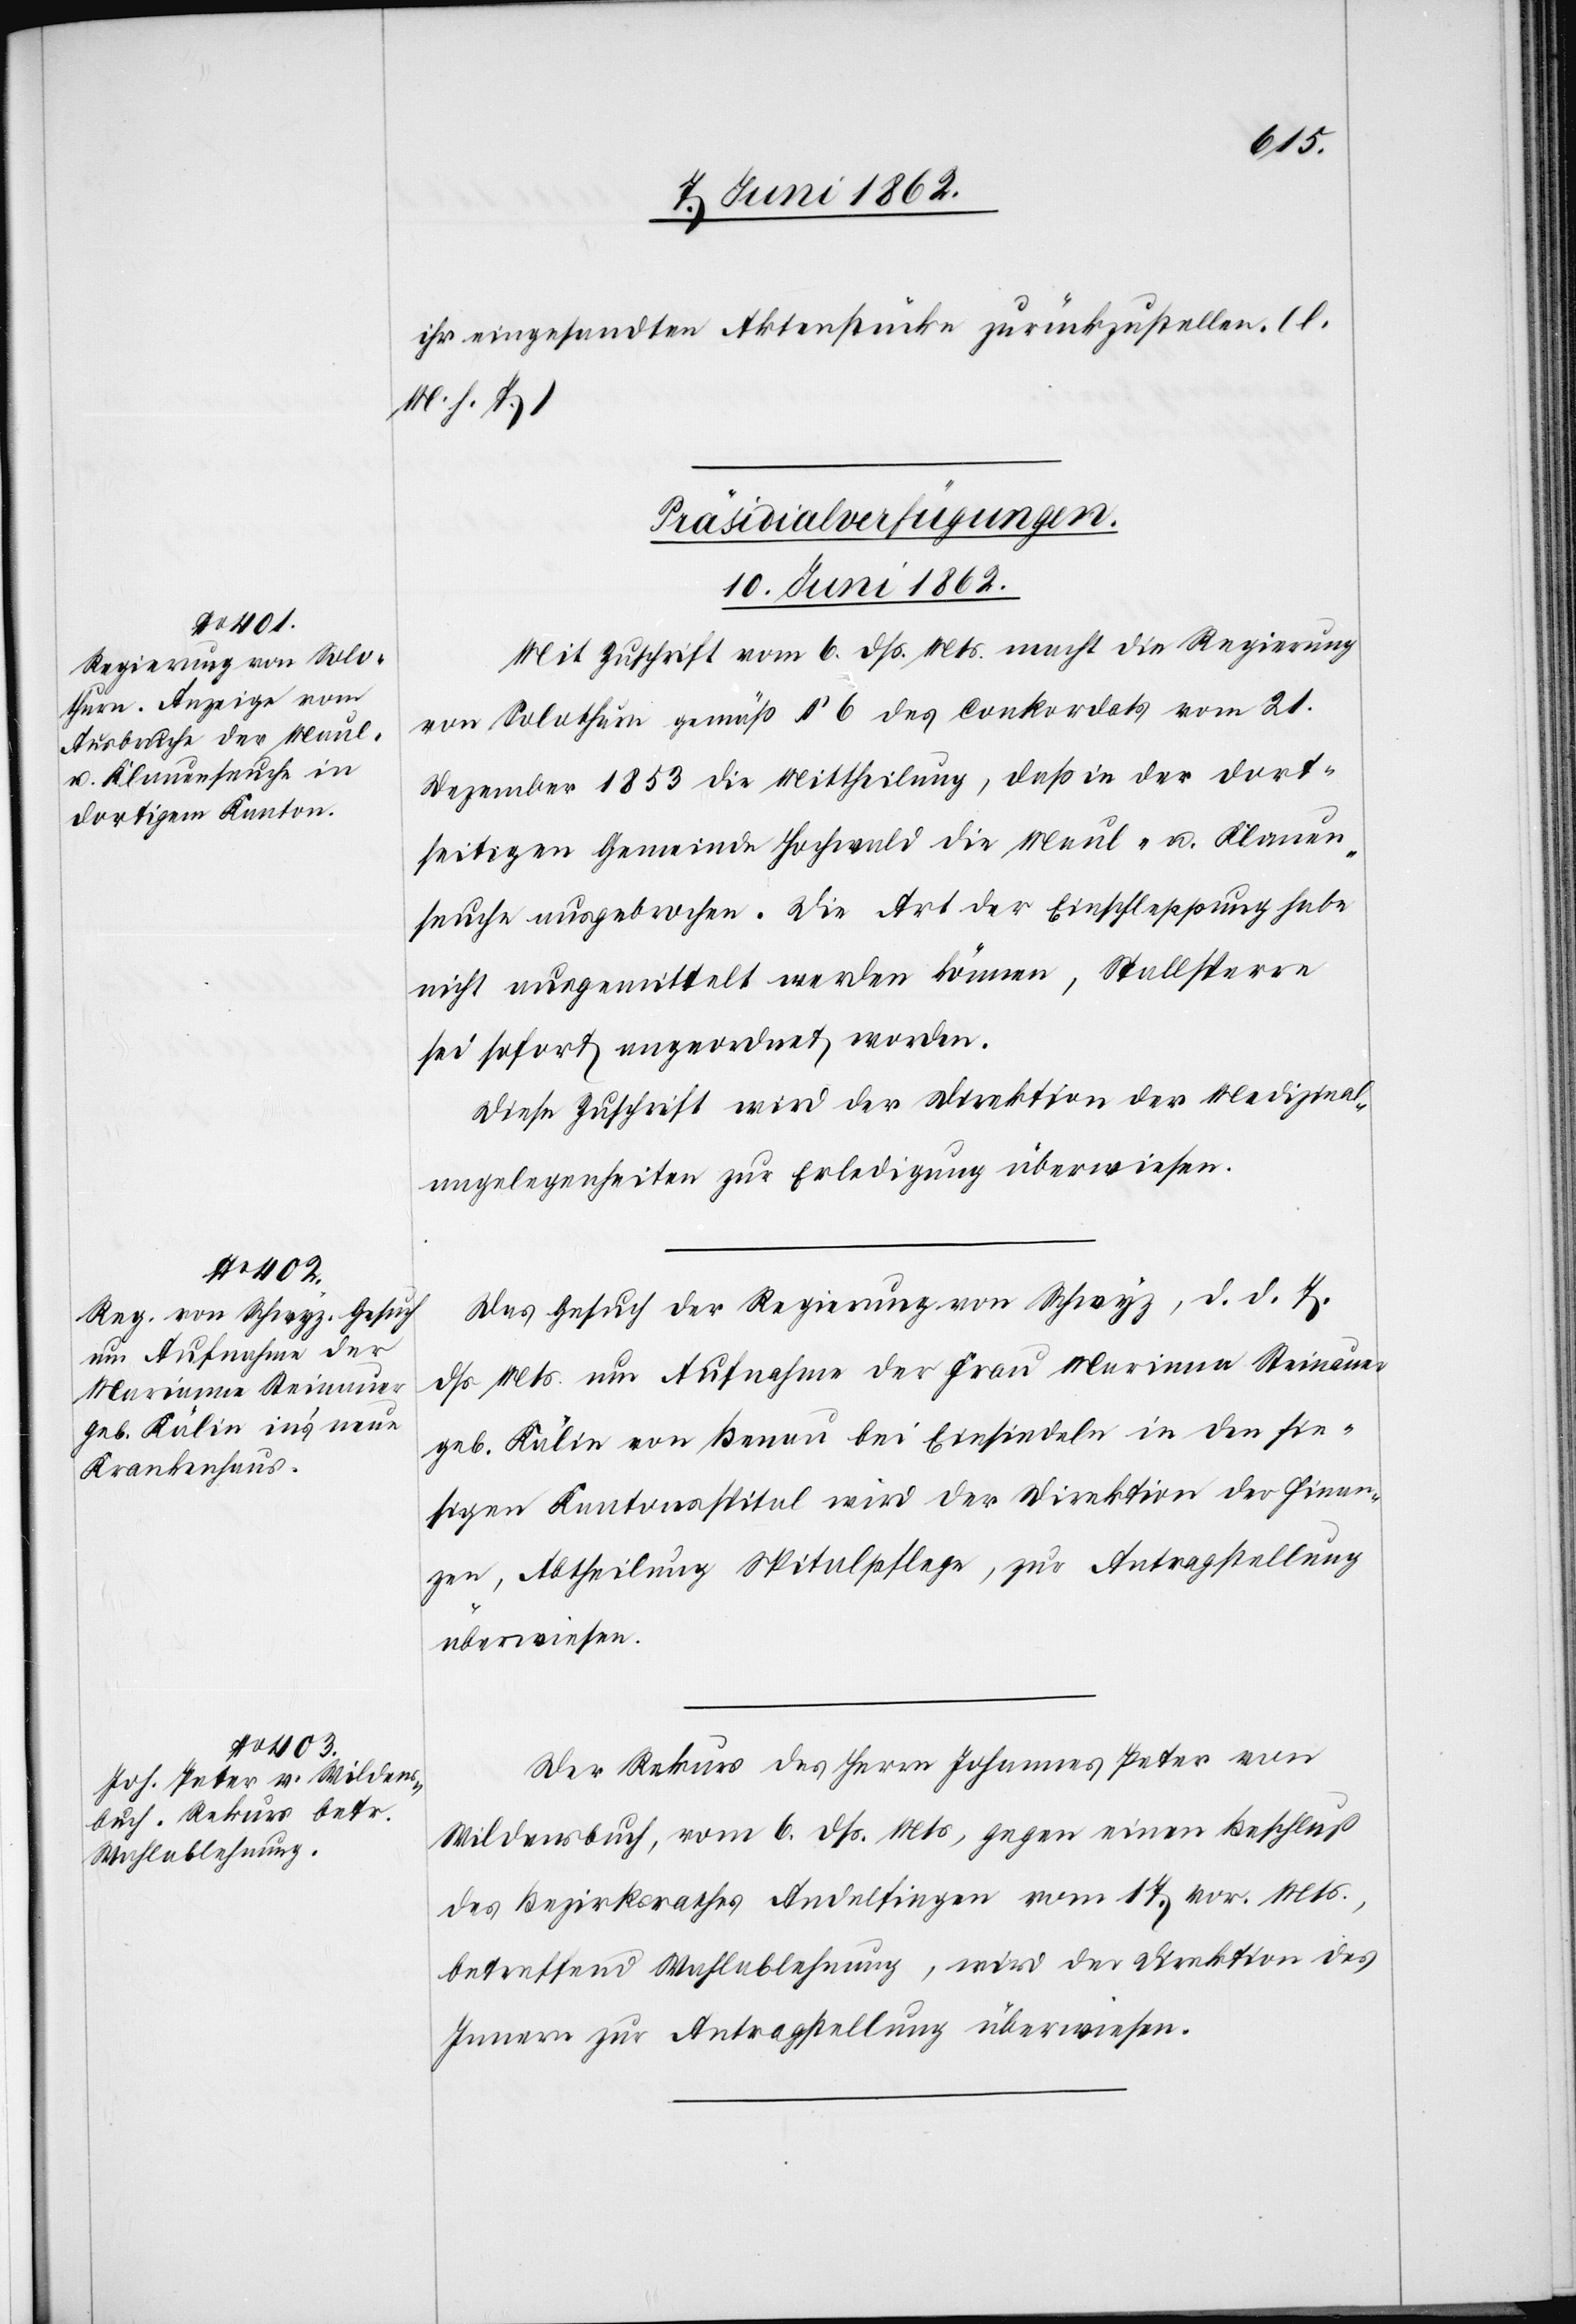
ihr eingesandten Aktenstücke zurückzustellen. (l.
M. h. T.)
[Präsidialverfügungen.
10. Juni 1862.]
Mit Zuschrift vom 6. dß. Mts. macht die Regierung
von Solothurn gemäß § 6 des Conkordats vom 21.
Dezember 1853 die Mittheilung, daß in der dort¬
seitigen Gemeinde Hochwald die Maul- u. Klauen¬
seuche ausgebrochen. Die Art der Einschleppung habe
nicht ausgemittelt werden können, Stallsperre
sei sofort angeordnet worden.
Diese Zuschrift wird der Direktion der Medizinal¬
angelegenheiten zur Erledigung überwiesen.
Das Gesuch der Regierung von Schwyz, d. d. 7.
dß. Mts. um Aufnahme der Frau Marianna [sic!]
geb. Kälin von Benau bei Einsiedeln in den hie¬
sigen Kantonsspital wird der Direktion der Finan¬
zen, Abtheilung Spitalpflege, zur Antragstellung
überwiesen.
Der Rekurs des Herrn Johannes Peter von
Wildensbuch, vom 6. dß. Mts. gegen einen Beschluß
des Bezirksrathes Andelfingen vom 17. vor. Mts.,
betreffend Wahlablehnung, wird der Direktion des
Innern zur Antragstellung überwiesen.